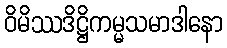
ဝိမိဿဒိဋ္ဌိကမ္မသမာဒါနော